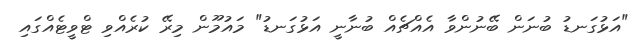
"އަޅުގަނޑު ބުނަން ބޭނުންވާ އެއްޗެއް ބުނާނީ އަޅުގަނޑު" މައުމޫން މިރޭ ކުރެއްވި ޓްވީޓެއްގައި